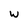
Character: w